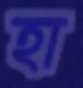
হা